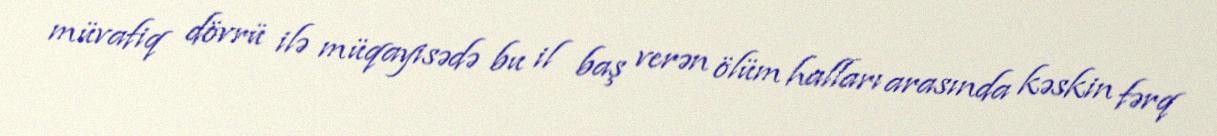
müvafiq dövrü ilə müqayisədə bu il baş verən ölüm halları arasında kəskin fərq